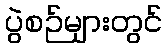
ပွဲစဉ်များတွင်